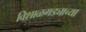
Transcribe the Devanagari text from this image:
विशाळगड्याच्या